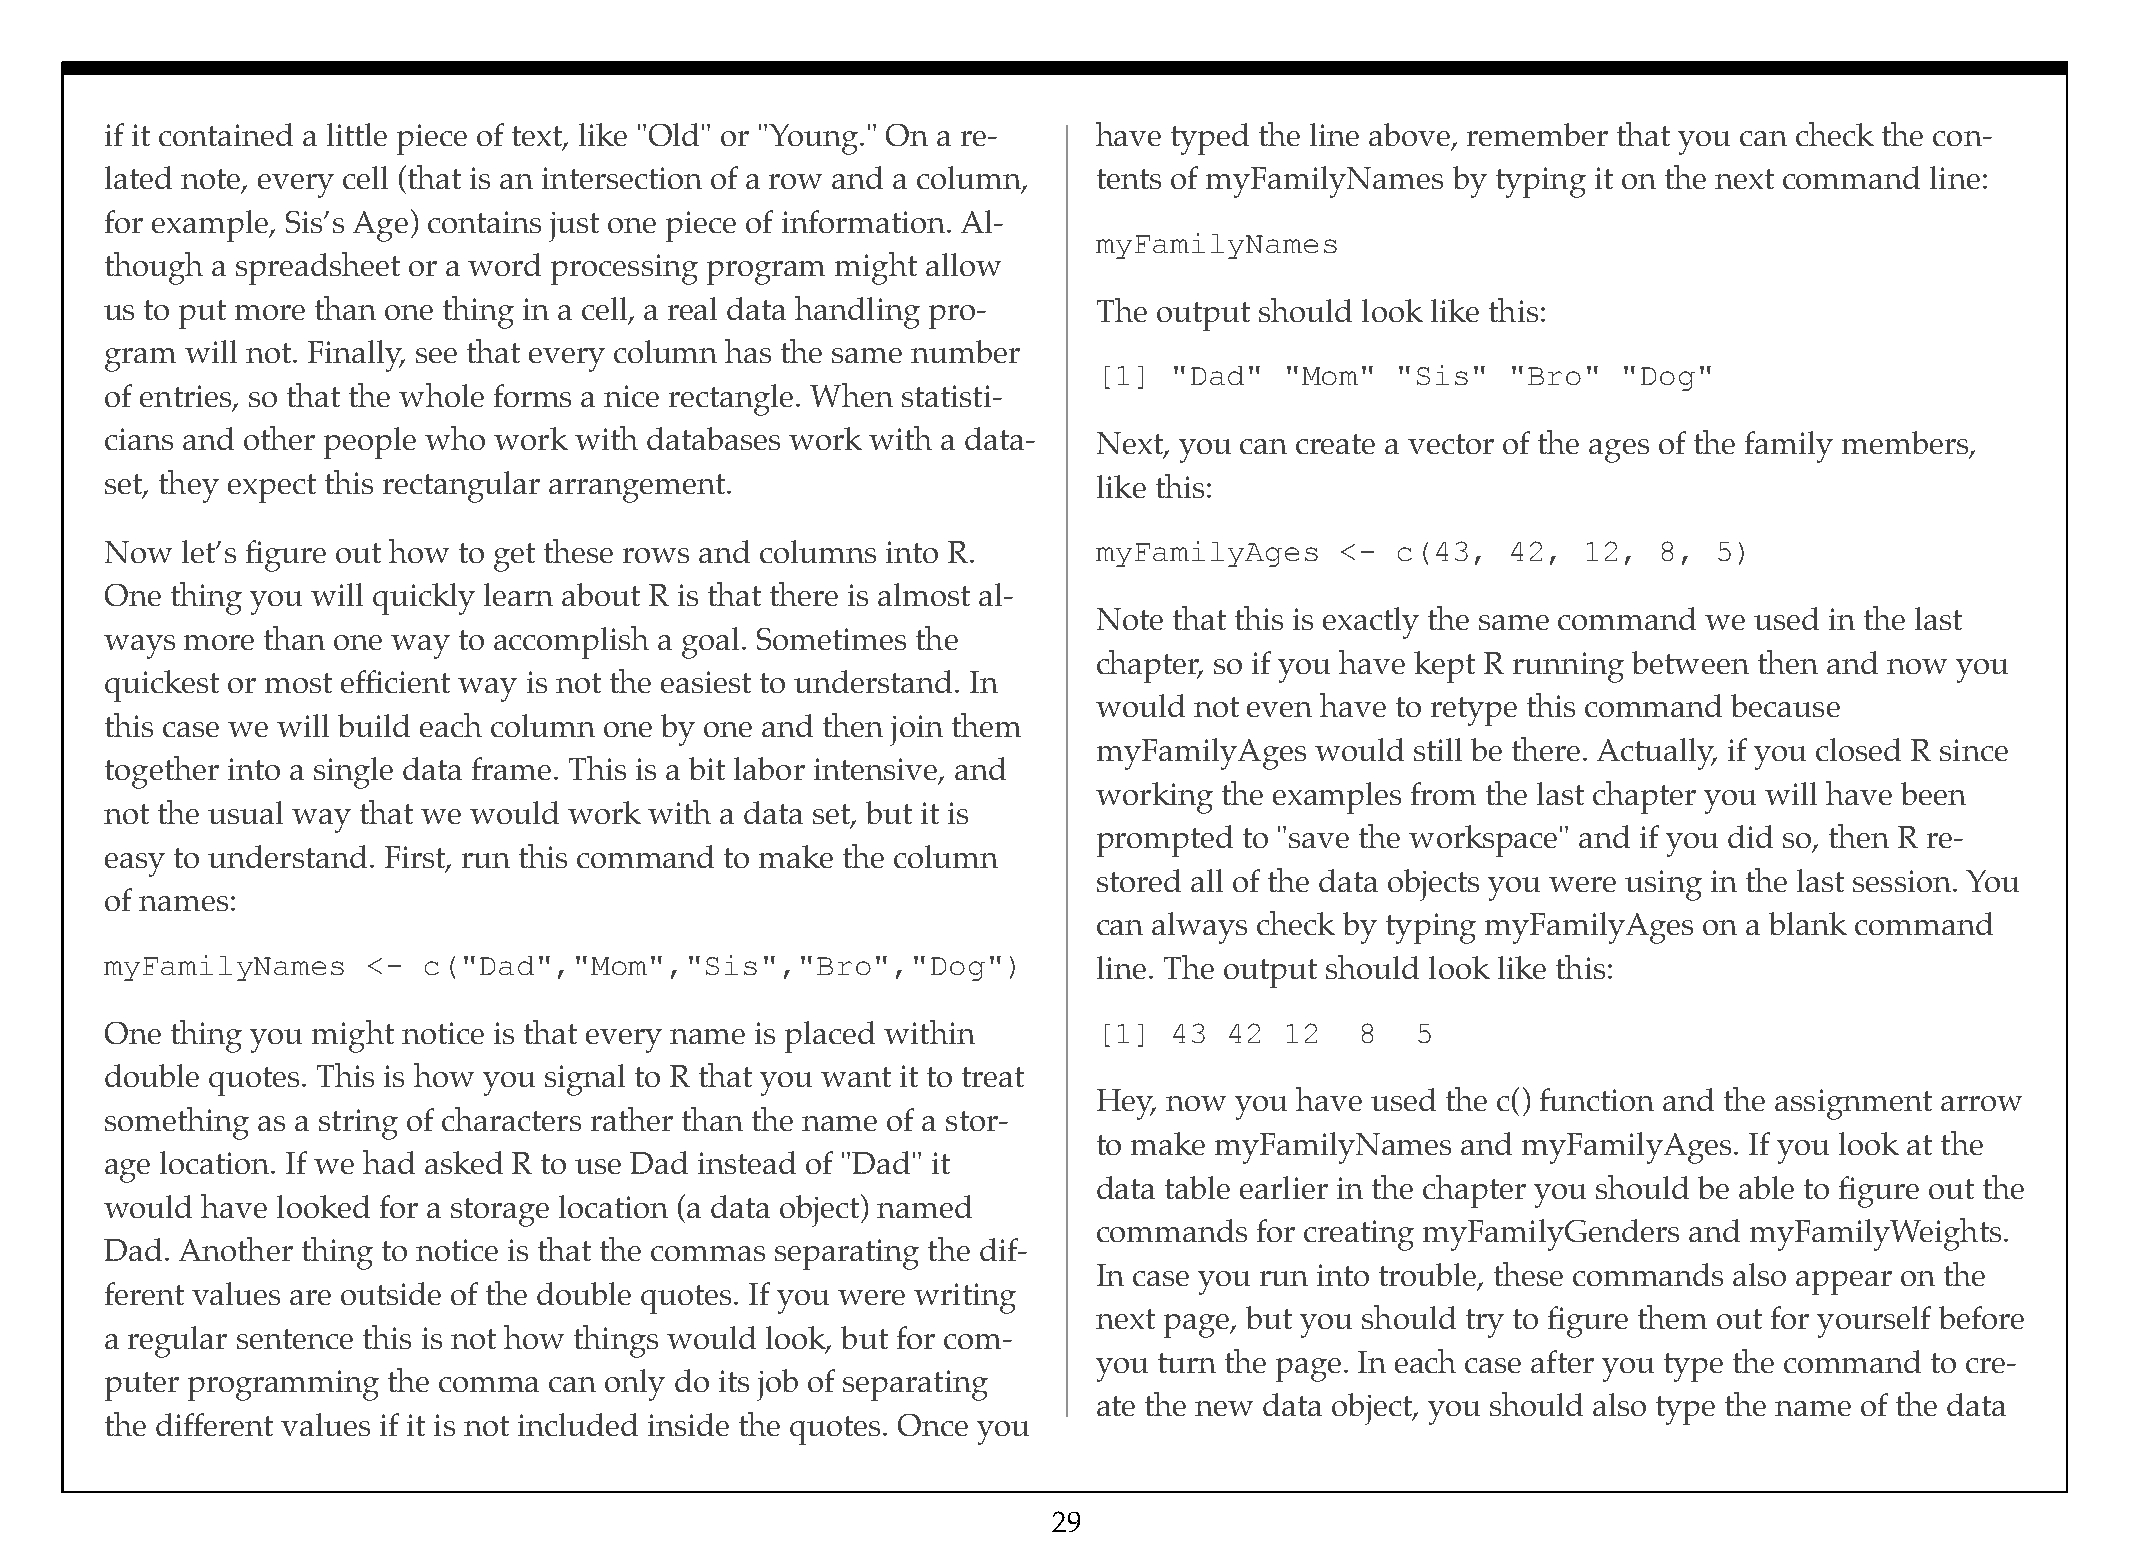
if it contained a little piece of text, like "Old" or "Young." On a re- have typed the line above, remember that you can check the con-
 lated note, every cell (that is an intersection of a row and a column, tents of myFamilyNames by typing it on the next command line:
 for example, Sis’s Age) contains just one piece of information. Al-
 myFamilyNames
 though a spreadsheet or a word processing program might allow
 us to put more than one thing in a cell, a real data handling pro- The output should look like this:
 gram will not. Finally, see that every column has the same number
 [1]  "Dad"  "Mom"  "Sis"   "Bro"  "Dog"
 of entries, so that the whole forms a nice rectangle. When statisti-
 cians and other people who work with databases work with a data-  Next, you can create a vector of the ages of the family members,
 set, they expect this rectangular arrangement.                    like this:
 Now  let’s figure out how to get these rows and columns into R.   myFamilyAges    <- c(43,   42,  12,  8,  5)
 One thing you will quickly learn about R is that there is almost al-
 Note that this is exactly the same command we used in the last
 ways more than one way to accomplish a goal. Sometimes the
 chapter, so if you have kept R running between then and now you
 quickest or most efficient way is not the easiest to understand. In
 would not even have to retype this command because
 this case we will build each column one by one and then join them
 myFamilyAges  would  still be there. Actually, if you closed R since
 together into a single data frame. This is a bit labor intensive, and
 working the examples from the last chapter you will have been
 not the usual way that we would work with a data set, but it is
 prompted to "save the workspace" and if you did so, then R re-
 easy to understand. First, run this command to make the column
 stored all of the data objects you were using in the last session. You
 of names:
 can always check by typing myFamilyAges on a blank command
 myFamilyNames    <-  c("Dad","Mom","Sis","Bro","Dog")             line. The output should look like this:
 One thing you might notice is that every name is placed within    [1]  43 42  12   8   5
 double quotes. This is how you signal to R that you want it to treat
 Hey, now you have used the c() function and the assignment arrow
 something as a string of characters rather than the name of a stor-
 to make myFamilyNames   and myFamilyAges.  If you look at the
 age location. If we had asked R to use Dad instead of "Dad" it
 data table earlier in the chapter you should be able to figure out the
 would have looked for a storage location (a data object) named
 commands  for creating myFamilyGenders and myFamilyWeights.
 Dad. Another thing to notice is that the commas separating the dif-
 In case you run into trouble, these commands also appear on the
 ferent values are outside of the double quotes. If you were writing
 next page, but you should try to figure them out for yourself before
 a regular sentence this is not how things would look, but for com-
 you turn the page. In each case after you type the command to cre-
 puter programming  the comma can only do its job of separating
 ate the new data object, you should also type the name of the data
 the different values if it is not included inside the quotes. Once you
 29